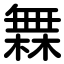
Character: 橆